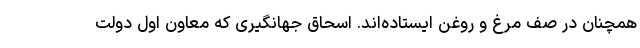
همچنان در صف مرغ و روغن ایستاده‌اند. اسحاق جهانگیری که معاون اول دولت